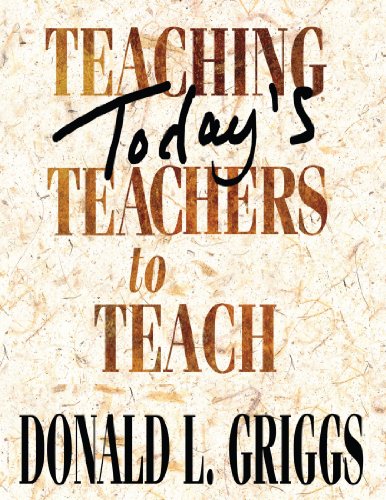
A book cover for Teaching Today's Teachers to Teach; Donald L. Griggs; Religion & Spirituality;